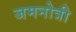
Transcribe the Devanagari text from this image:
जमनोत्री